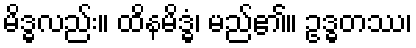
မိဒ္ဓလည်း။ ထိနမိဒ္ဓံ၊ မည်၏။ ဥဒ္ဓတဿ၊